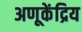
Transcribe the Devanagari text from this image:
अणूकेंद्रिय